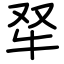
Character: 𤘩